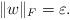
LaTeX: \begin{align*}\lVert w\rVert_F=\varepsilon.\end{align*}